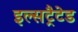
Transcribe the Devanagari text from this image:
इल्सट्रैटेड